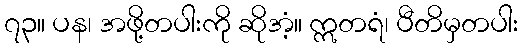
၇၃။ ပန၊ အဖို့တပါးကို ဆိုအံ့။ ဣတရံ၊ ပီတိမှတပါး